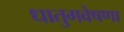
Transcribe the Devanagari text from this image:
धातुगवेषणा